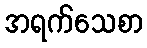
အရက်သေစာ